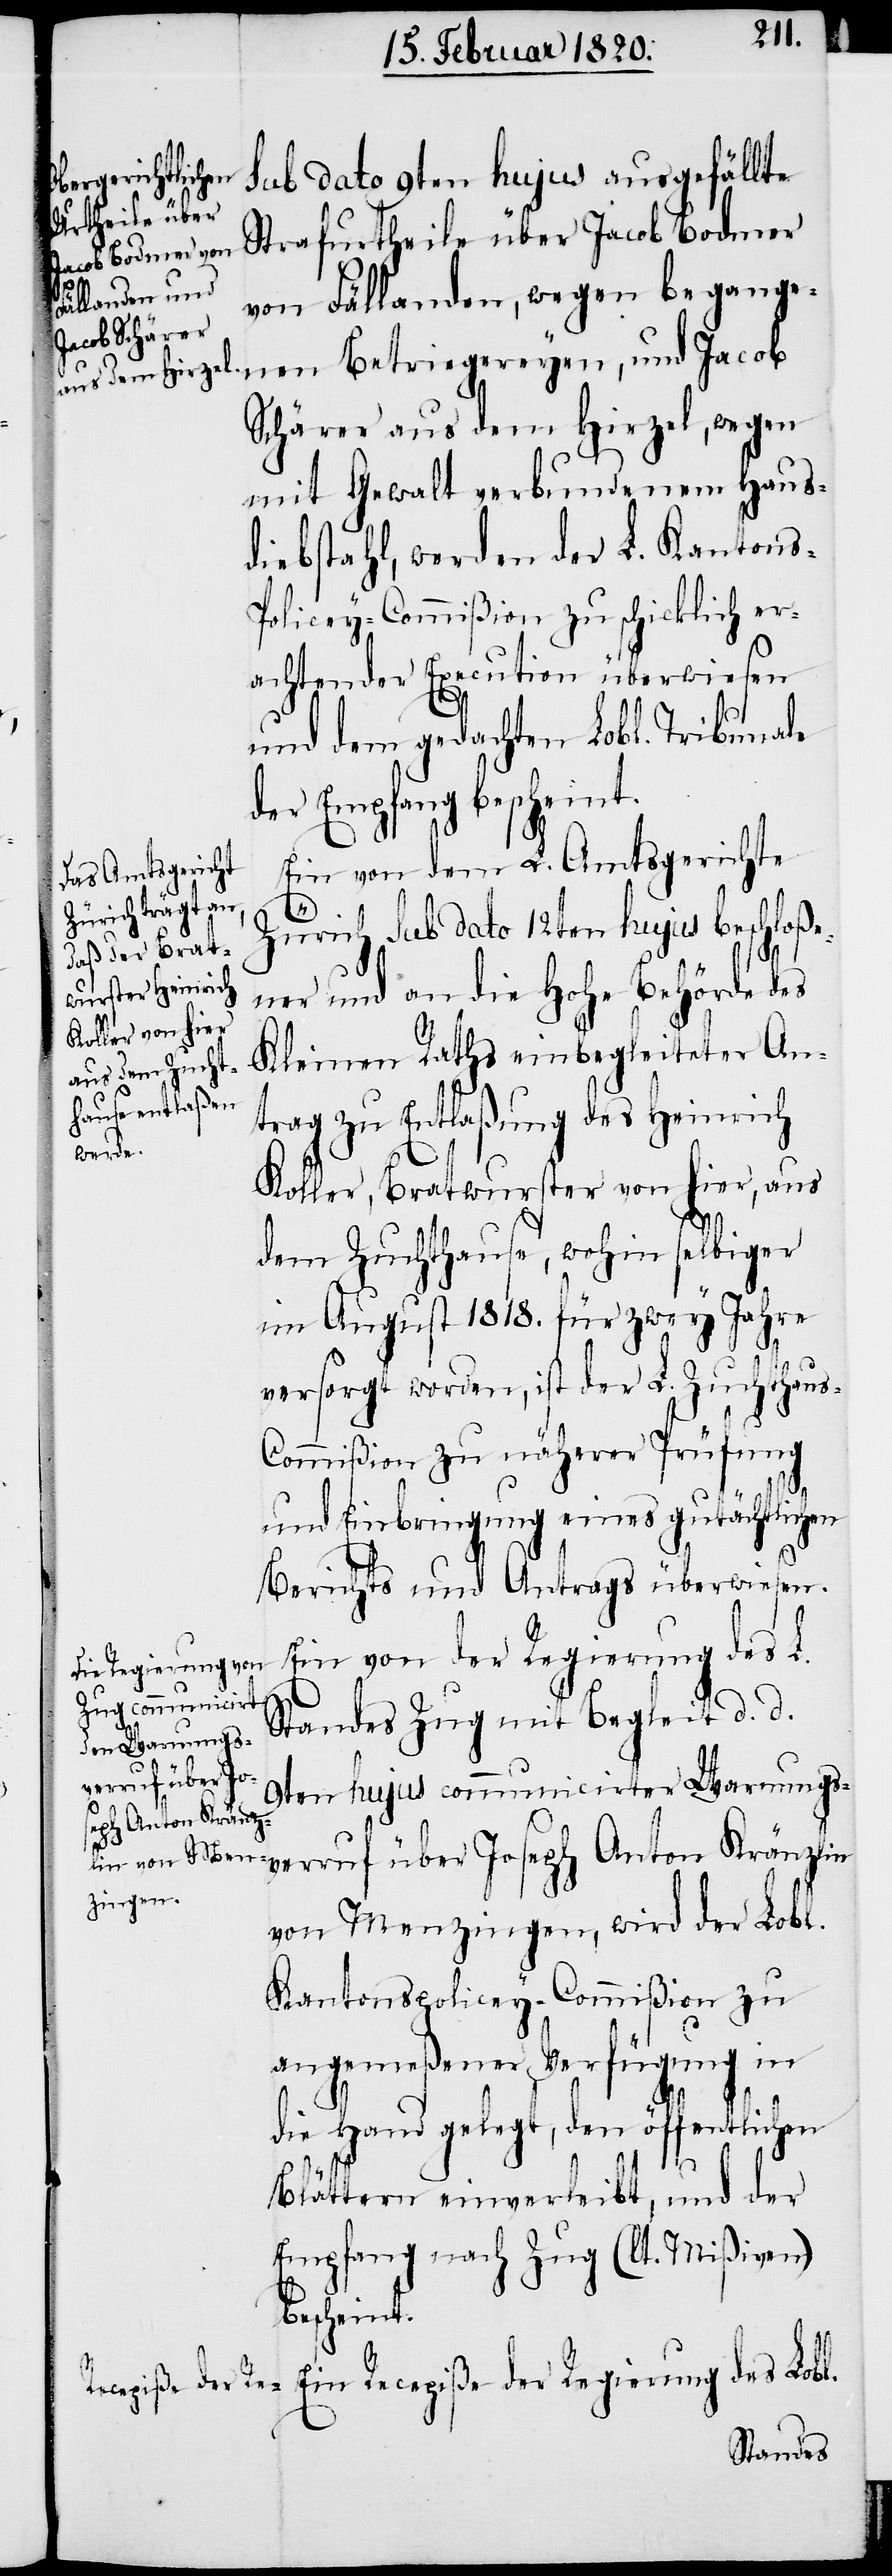
sub dato 9ten hujus ausgefällte
Strafurtheile über Jacob Bodmer
von Fällanden, wegen begange¬
nen Betriegereyen, und Jacob
Schärer aus dem Hirzel, wegen
mit Gewalt verbundenem Haus¬
diebstahl, werden der L. Kantons-P¬
olicey-Commißion zu schicklich er¬
achtender Execution überwiesen
und dem gedachten Lobl. Tribunale
der Empfang bescheint.
Ein von dem L. Amtsgerichte
des
Zürich sub dato 12ten hujus beschloße¬
ner und an die Hohe Behörde des
Kleinen Raths einbegleiteter An¬
trag zu Entlaßung des Heinrich
Koller, Bratwurster von hier, aus
dem Zuchthause, wohin selbiger
im August 1818. für zwey Jahre
versorgt worden, ist der L. Zuchthau¬
s-Commißion zu näherer Prüfung
und Einbringung eines gutächtlichen
Berichts und Antrags überwiesen.
Ein von der Regierung des L.
Standes Zug mit Begleit d. d.
verruf über Jo¬
9ten hujus communicirter Warnungs¬
seph Anton Kränz¬
von Menzingen, wird der Lobl.
Kantonspolicey-Commißion zu
angemeßener Verfügung in
die Hand gelegt, den öffentlichen
Blättern einverleibt, und der
Empfang nach Zug (lt Mißiven)
bescheint.